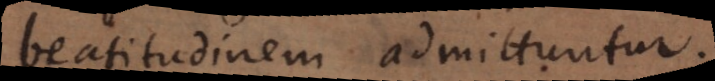
beatitudinem admittuntur.